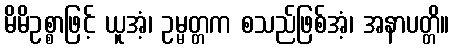
မိမိဥစ္စာဖြင့် ယူအံ့၊ ဥမ္မတ္တက စသည်ဖြစ်အံ့၊ အနာပတ္တိ။